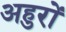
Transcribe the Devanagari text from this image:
अहुरों